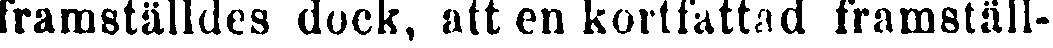
framställdes dock, att en kortfattad framställ-